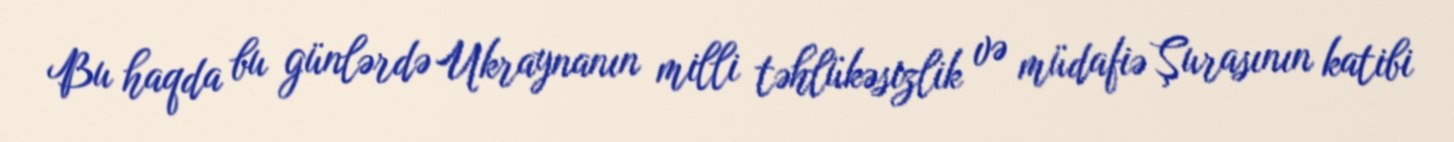
Bu haqda bu günlərdə Ukraynanın milli təhlükəsizlik və müdafiə Şurasının katibi